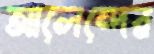
আলেন্দের